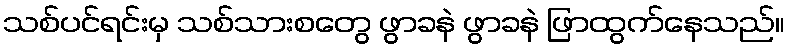
သစ်ပင်ရင်းမှ သစ်သားစတွေ ဖွာခနဲ ဖွာခနဲ ဖြာထွက်နေသည်။